Bréfritari: Soffía Daníelsdóttir
Viðtakandi: Jakobína Magnúsdóttir og Daníel Halldórsson
Dagsetning: A-1902-09-18
Skrifað á: Skeggjastöðum  N-Múl.
Soffía var dóttir Jakobínu og Daníels

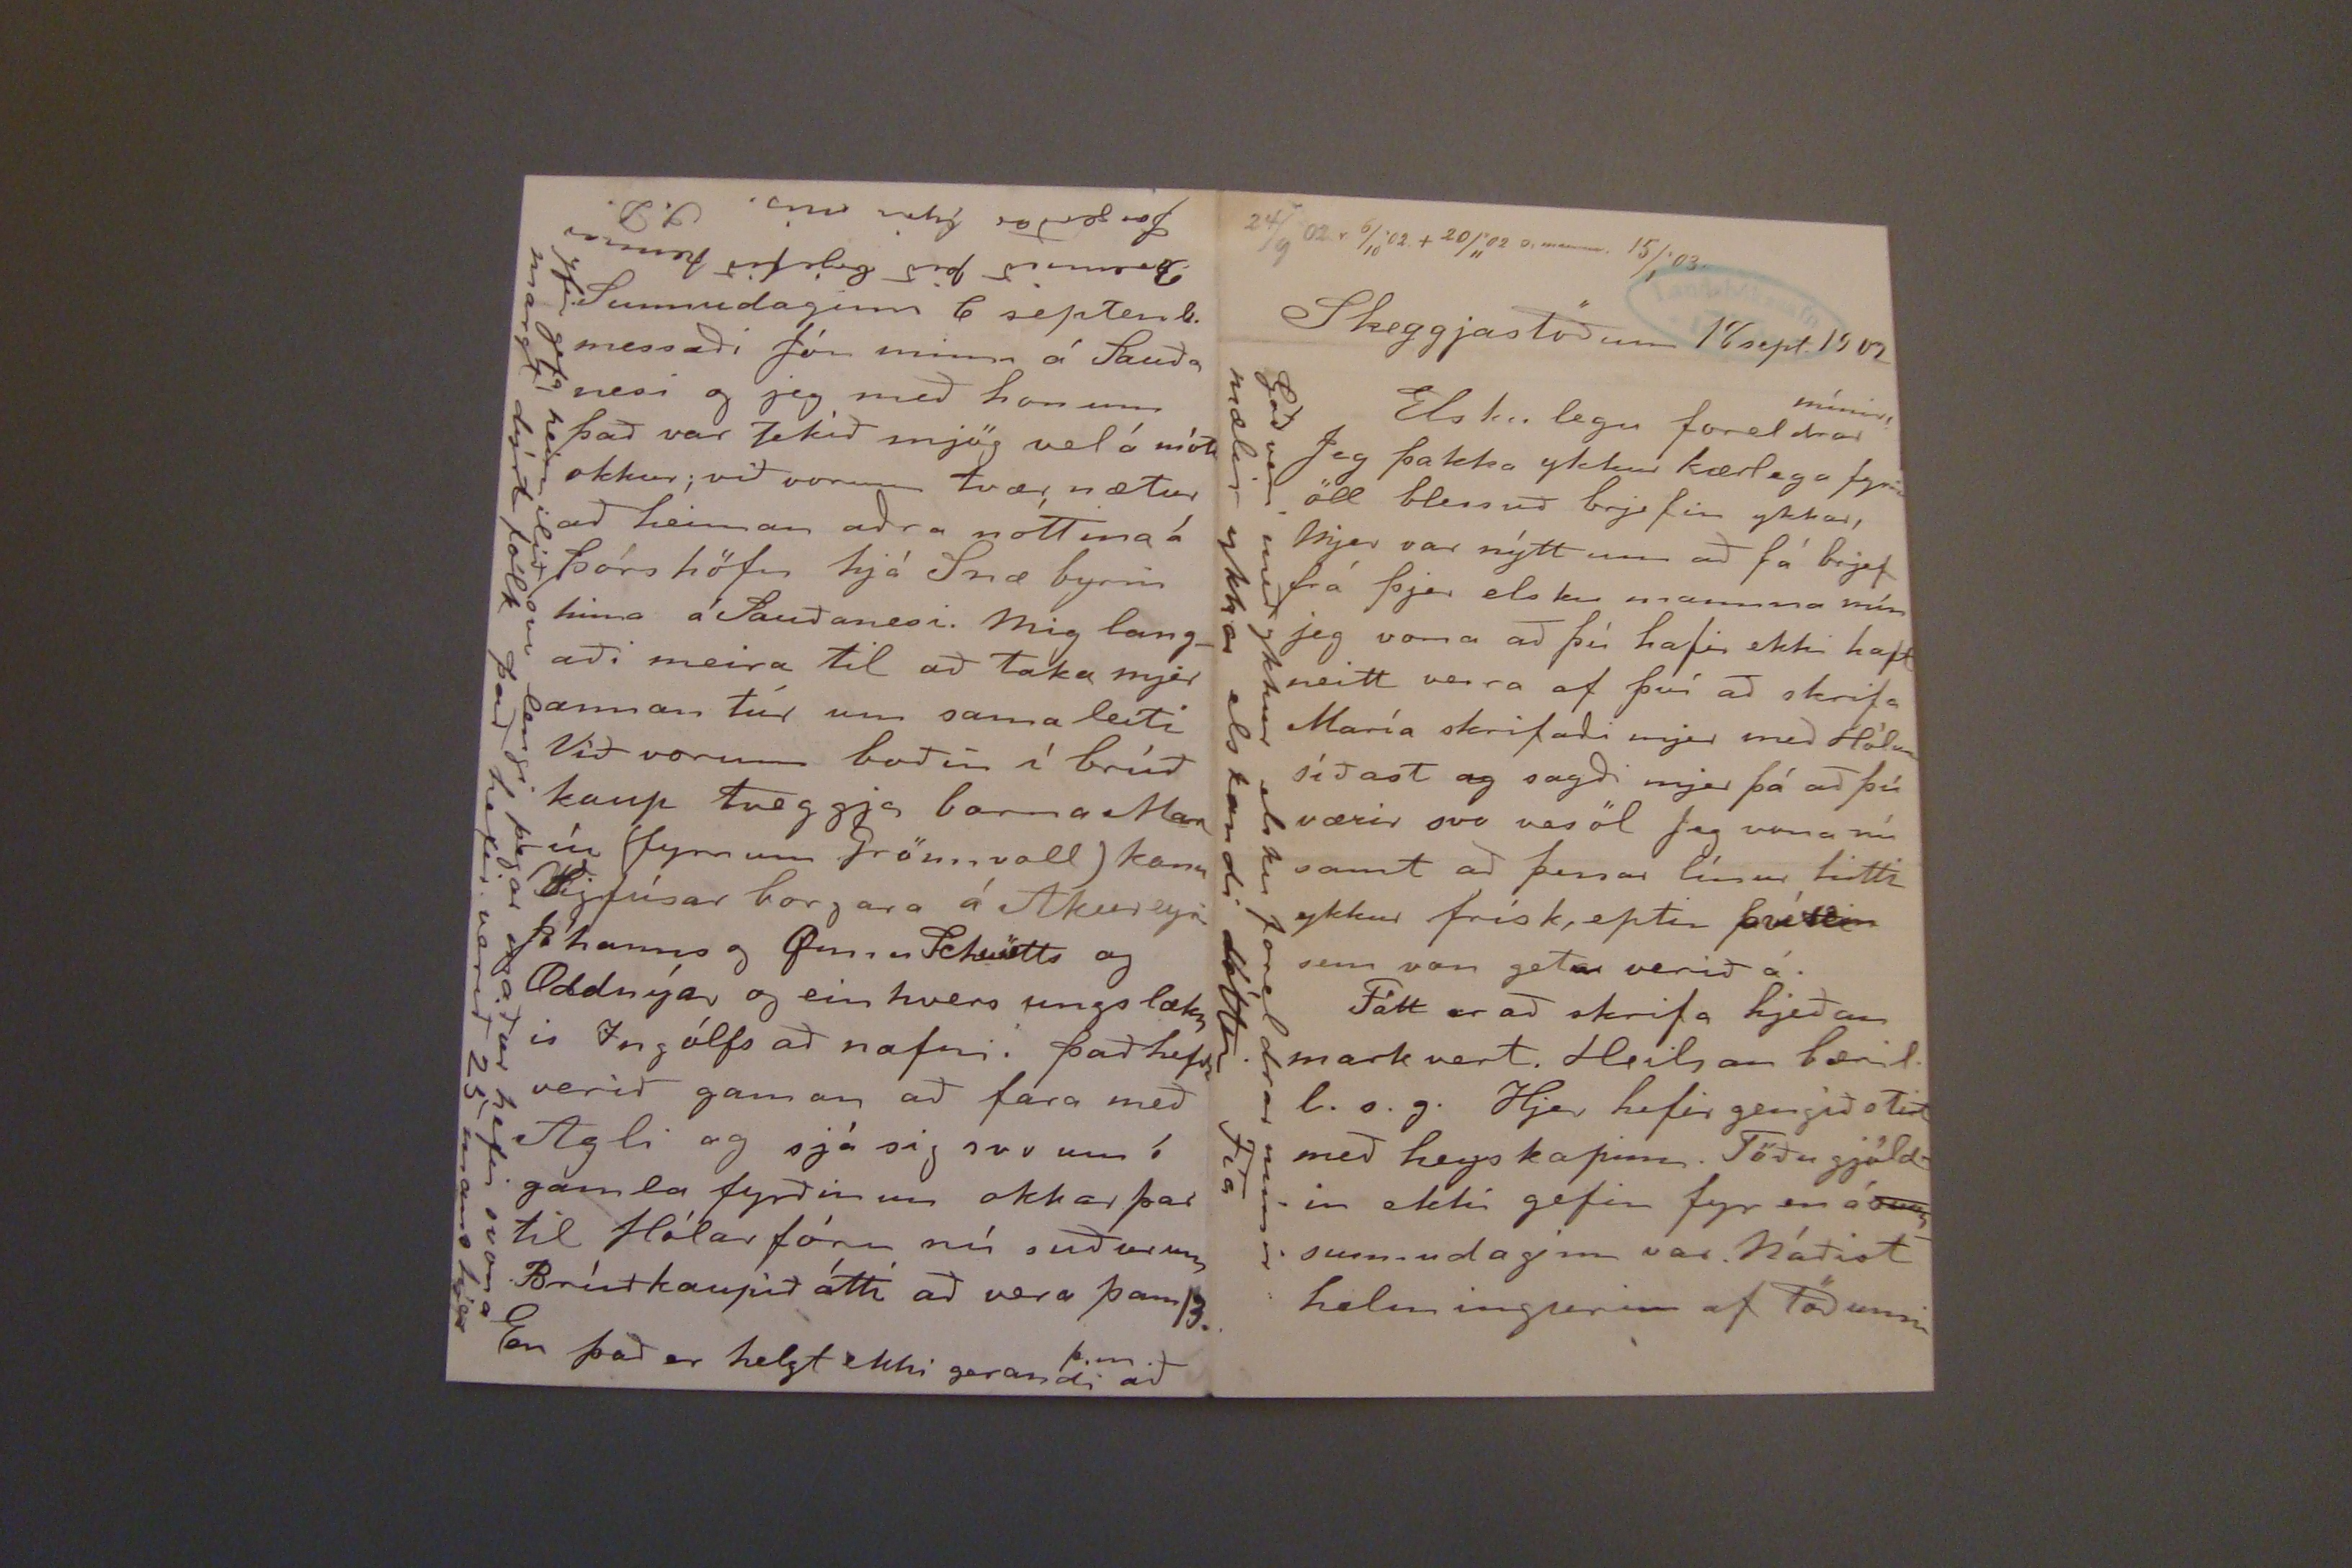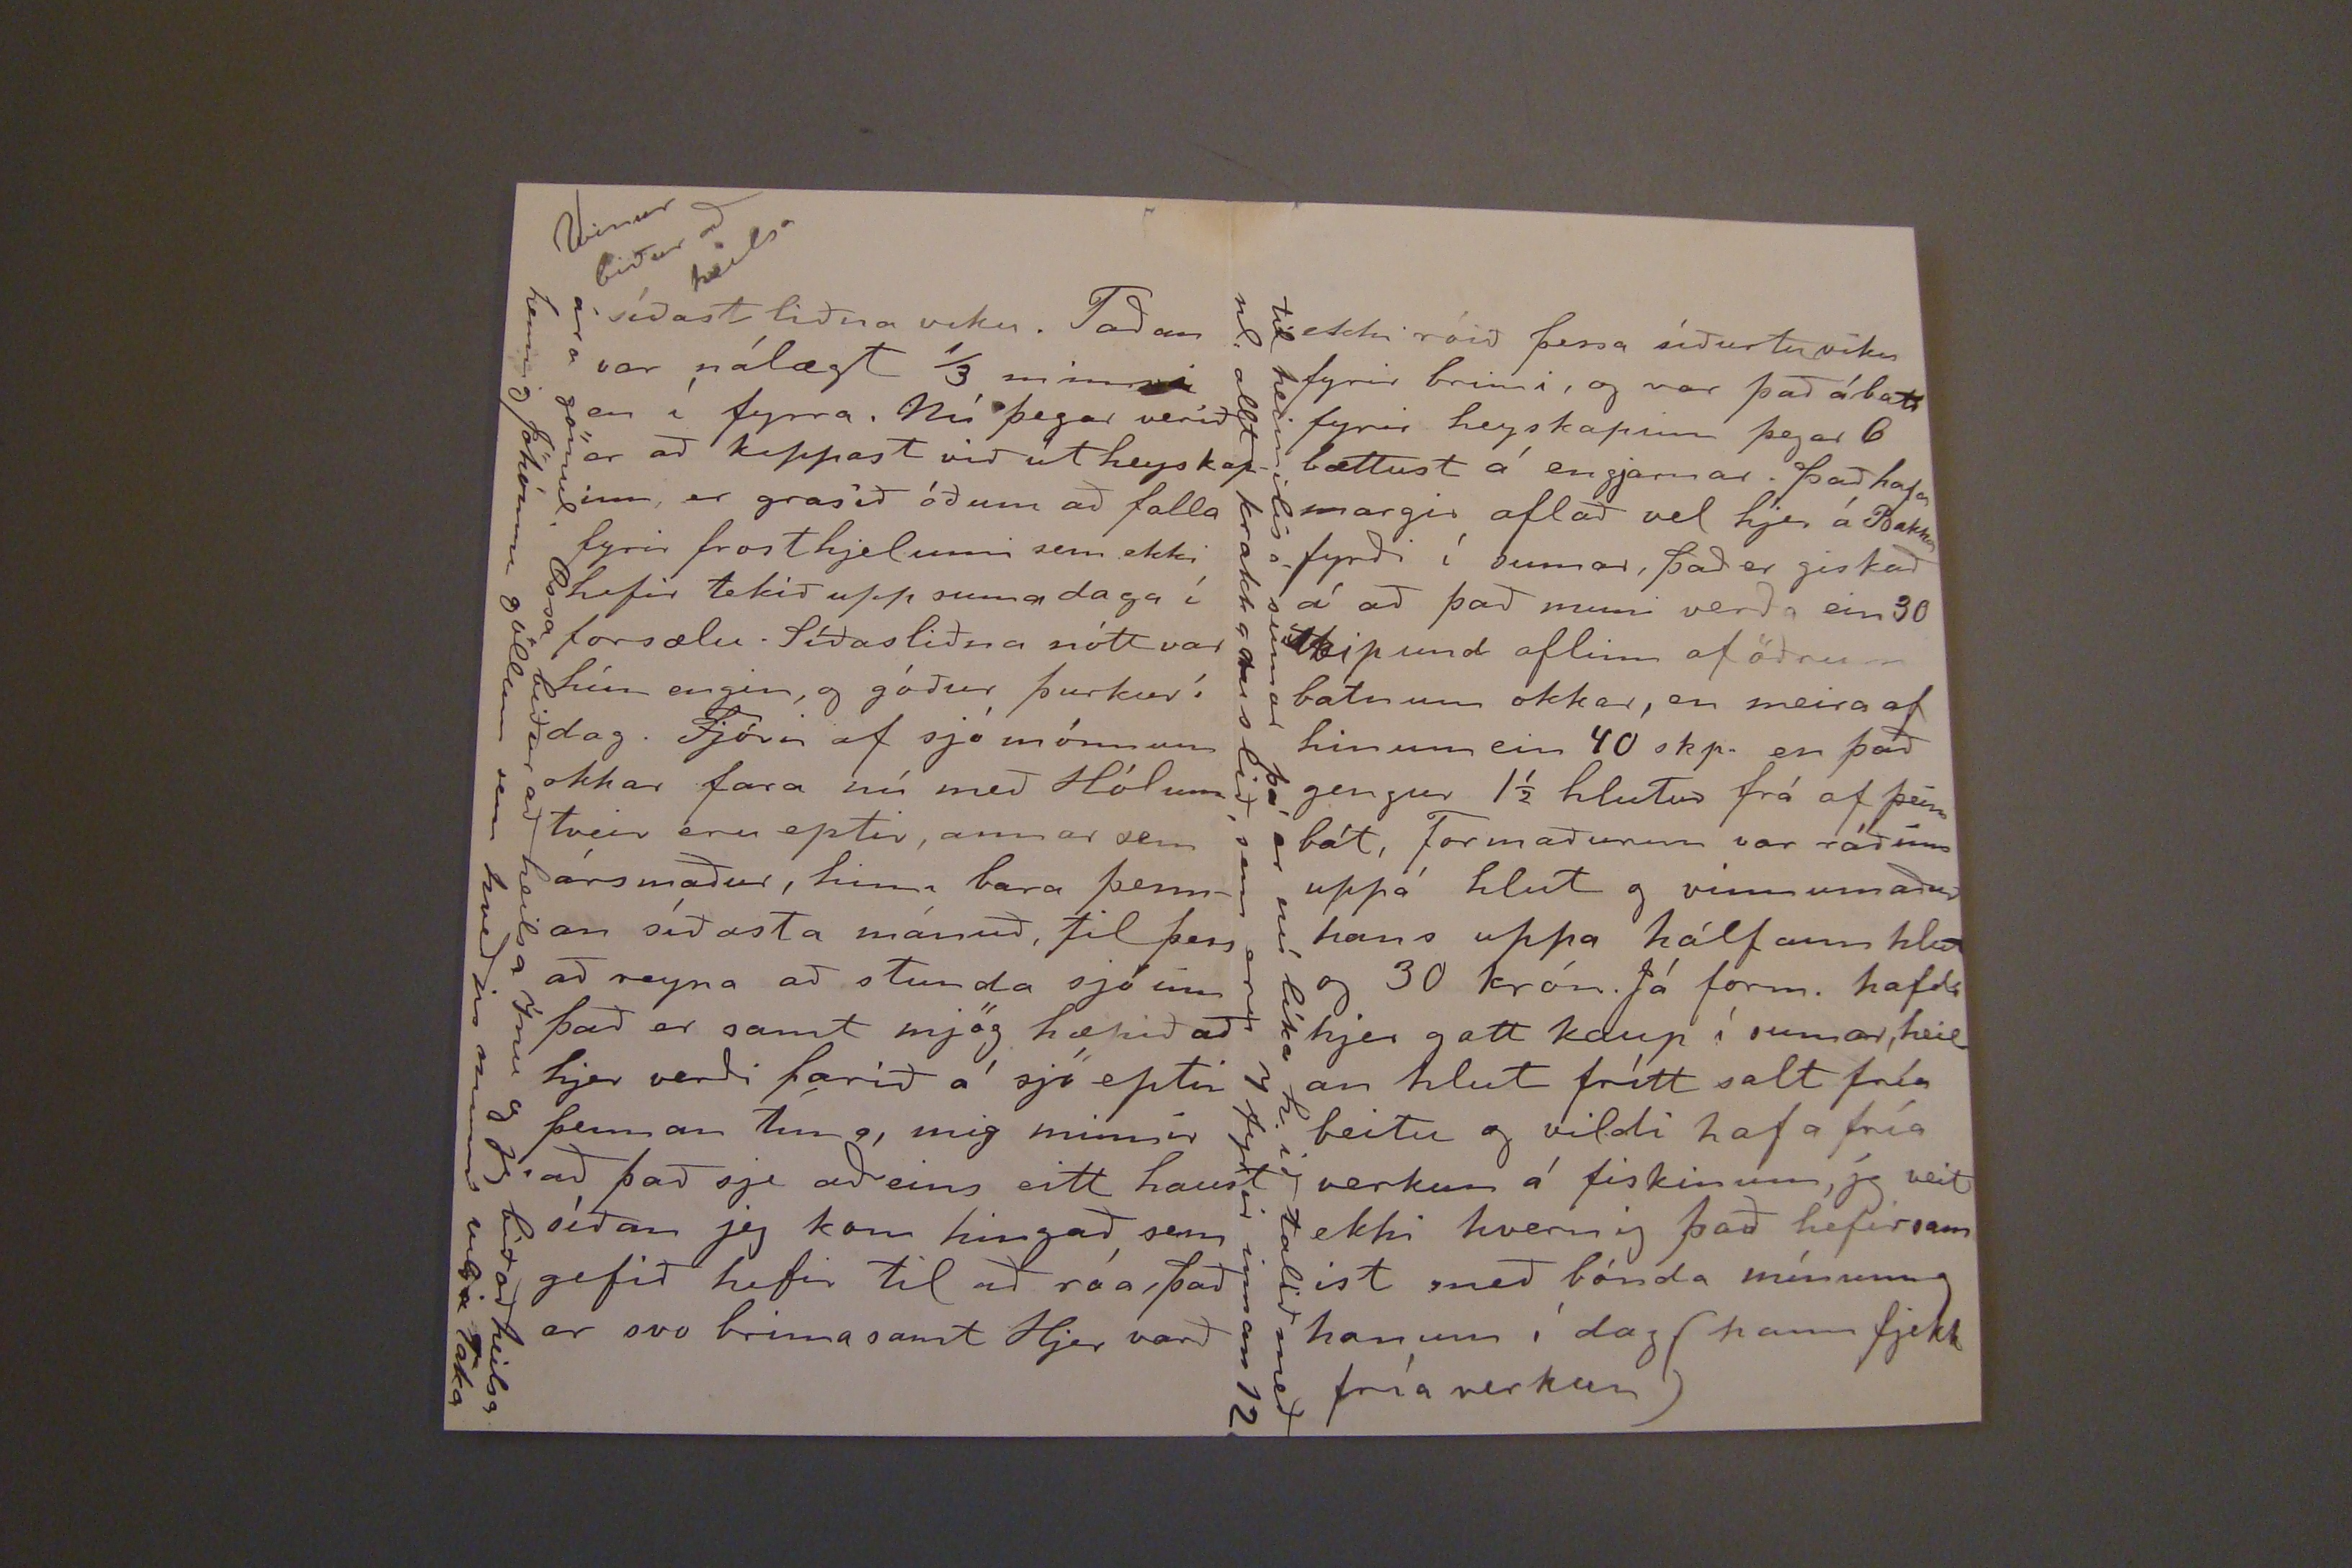

24/9 02 r 6/10'02.+20/11'02 0,
munir
15/1'03.
Skeggjastöðum 18 sept. 1902
Elsku legu foreldrar
mínir!
Jeg þakka ykkur kærlega fyrir öll blessuð brjefin ykkar, Mjer var nýtt um að fá brjef frá þjer elsku mamma mín jeg vona að þú hafir ekki haft neitt verra af því að skrifa María skrifaði mjer með Hólum síðast og sagði mjer þá að þú værir svo vesöl Jeg vona nú samt að þessar línur hitti ykkur frísk, eptir fréttir sem von getur verið á.
Fátt er að skrifa hjeðan mark vert. Heilsan bæril. l.s.g. Hjer hefir gengíð stirt með heyskapinn. Töðu gjöldin ekki gefin fyr en á
sum
sunnudaginn var. Náðist helmingurinn af Töðunni
Guð verí með ykkur elsku foreldrar mínir mælir ykkar elskandi dóttir Fía
uppi vinstra horn: Vinur biður að heilsa
síðast liðna viku. Taðan var nálægt 1/3 minna en í fyrra. Nú þegar veríð er að keppast við út heyskapinu, er grasið óðum að falla fyrir frosthjelinni sem ekki hefir tekið upp suma daga í forsælu. Síðastliðna nótt var hún engin, og góður þurkur í dag. Fjórir af sjó mönnum okkar fara nú með Hólum tveir eru eptir, annar sem ársmaður, hinni bara þennan síðasta mánuð, til þess að reyna að stunda sjó ínn það er samt mjög hæpið að hjer verði faríð á sjó eptir þennan tíma, mig minnír að það sje aðeins eitt haust að það sje aðeins hingað sem gefið hefir til að róa, það er svo brima samt Hjer varð
ára gömul, Ossa biður að heilsa Ínu og jeg bið að heilsa henni og Jöhónnu og öllum sem hveðju minni vilja Taka
Sunnudaginn 6 septemb. messaði Jón minn á Sauða nesi og jeg með honum það var tekið mjög vel á móti okkur; við vorum tvær nætur að heiman aðra nóttina á þórshöfn hjá Snæ byrni hina á Sauðanesi. Mig langaði meira til að taka mjer annan túr um sama leiti Við vorum boðin í brúðkaup tveggja barna Maríu (fyrr um Grönnvall) konu Sigfúsar borgara á Akureyri Jóhanns og Gunu
Schuetts
og Oddnýar og ein hvers ungs lækn is Ingólfs að nafni. það hefði verið gaman að fara með Agli og sjá sig svo um í gamla fyrðinum okkar þar til Hólar fóru nú suðurum Brúðkaupið átti að vera þann 13. En það er helzt ekki gerandi
þ.m.
að
yfir gefa heimilið svo lengi þegar maður hefir svona margt dýrt fólk það hefir verið 25 mans hjer
Brennið þið brjefið hennar þorgerðar fyrir mig. S.D.
ekki róið þessa síðustu viku fyrir brimi, og var það ábatt fyrir heyskapinn þegar 6 bættust á engjarnar. það hafa margir aflað vel hjer á Bakkafyrði í sumar, það er giskað á að það muni verða ein 30
skipund
aflinn af öðrum bátnum okkar, en meira af hinum ein 40 skp. en það gengur 1 1/2 hlutur frá af eim bát, Formaðurinn var ráðinn uppá hlut og vinnumaður hans uppa hálfann hlut og 30 krón. Já form. hafði hjer gott kaup í sumar, heilan hlut frítt salt fría beitu og vildi hafa fría verkun á fiskinum, jeg veit ekki hvernig það hefir sam ist með bónda mínum og honum í dag (hann fjekk fría verkun)
til heimiis í sumar þá er nú líka h. ið talið með nl. allt krakka ruslið, sem eru 7 fyrir innan 12